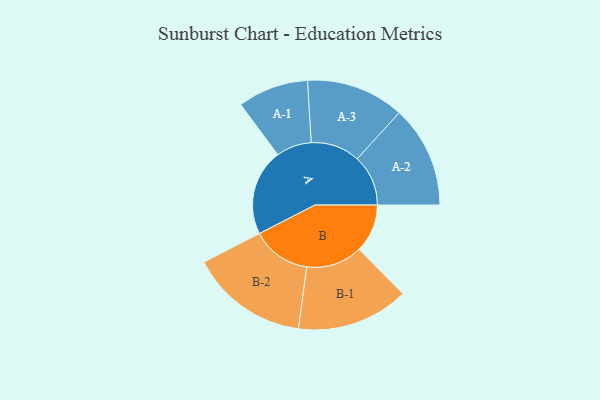
{"axis": {"x": "Segment", "y": "Value"}, "legend": ["", "A", "B"], "data": [{"x": "A", "y": 371, "type": ""}, {"x": "B", "y": 208, "type": ""}, {"x": "A-1", "y": 152, "type": "A"}, {"x": "A-2", "y": 219, "type": "A"}, {"x": "A-3", "y": 211, "type": "A"}, {"x": "B-1", "y": 241, "type": "B"}, {"x": "B-2", "y": 254, "type": "B"}]}